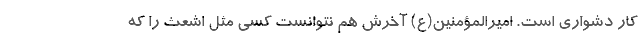
کار دشواری است. امیرالمؤمنین(ع) آخرش هم نتوانست کسی مثل اشعث را که